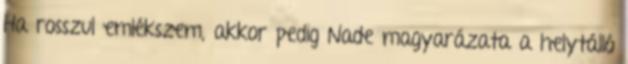
Ha rosszul emlékszem, akkor pedig Nade magyarázata a helytálló